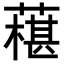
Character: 𦾢